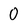
Character: 0